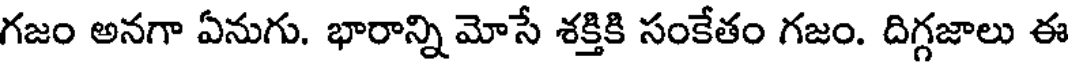
గజం అనగా ఏనుగు. భారాన్ని మోసే శక్తికి సంకేతం గజం. దిగ్గజాలు ఈ